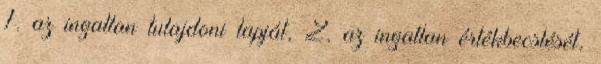
1. az ingatlan tulajdoni lapját, 2. az ingatlan értékbecslését,